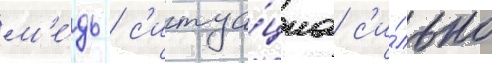
м'е́дь / с'итуа́циа с'и́льно